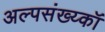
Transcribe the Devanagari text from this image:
अल्पसंख्य्कॉ